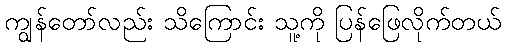
ကျွန်တော်လည်း သိကြောင်း သူ့ကို ပြန်ဖြေလိုက်တယ်